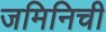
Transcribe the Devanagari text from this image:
जमिनिची